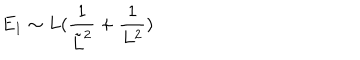
E _ { 1 } \sim L ( \frac { 1 } { \tilde { L } ^ { 2 } } + \frac { 1 } { L ^ { 2 } } )